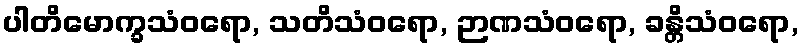
ပါတိမောက္ခသံဝရော, သတိသံဝရော, ဉာဏသံဝရော, ခန္တိသံဝရော,